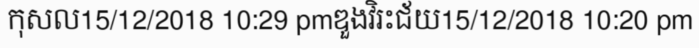
កុសល15/12/2018 10:29 pmឌួងវិរះជ័យ15/12/2018 10:20 pm